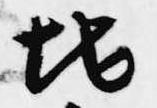
地